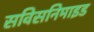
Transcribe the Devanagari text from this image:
सविसनिमाइड